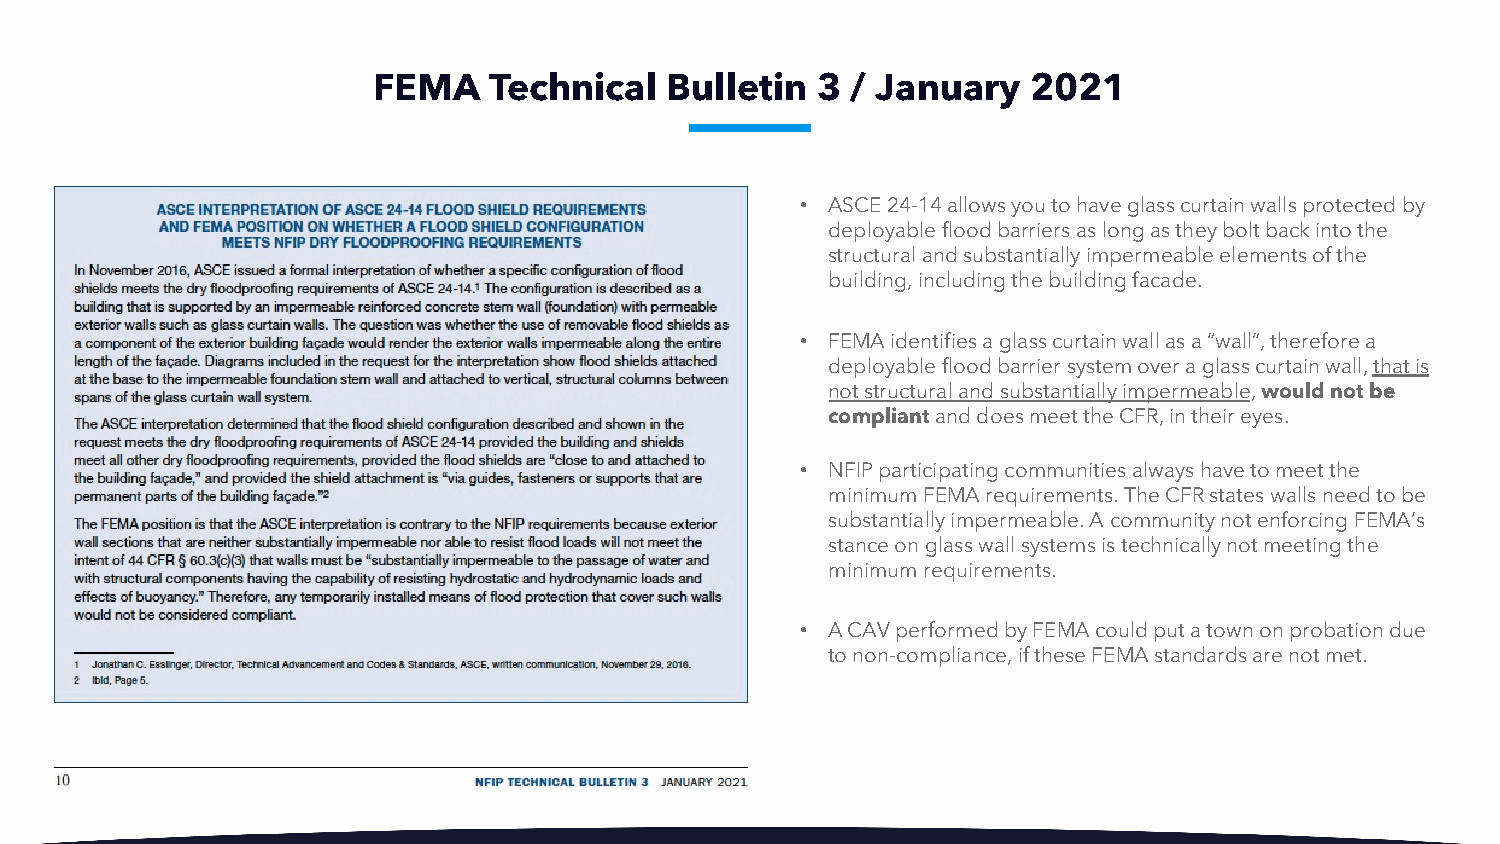
FEMA   Technical   Bulletin  3 / January   2021
 • ASCE 24-14 allows you to have glass curtain walls protected by
 deployable flood barriers as long as they bolt back into the
 structuralandsubstantially impermeableelements of the
 building, including the building facade.
 • FEMA identifies a glass curtain wall as a “wall”, therefore a
 deployable flood barrier system over a glass curtain wall, that is
 not structural and substantially impermeable, would not be
 compliantand does meet the CFR, in their eyes.
 • NFIP participating communities always have to meet the
 minimum FEMA requirements. The CFR states walls need to be
 substantially impermeable. A community not enforcing FEMA’s
 stance on glass wall systems is technically not meeting the
 minimum requirements.
 • A CAV performed by FEMA could put a town on probation due
 to non-compliance, if these FEMA standards are not met.